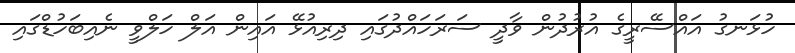
ހުޅަނގު އައްސޭރީގެ އުރުދުން ވާދީ ސަރަހައްދުގައި ދިރިއުޅޭ އައިން އަލް ހަލްވީ ނެއިބަހުޑްގައި